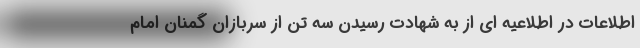
اطلاعات در اطلاعیه ای از به شهادت رسیدن سه تن از سربازان گمنان امام